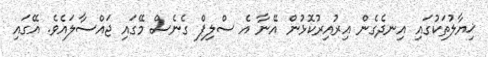
ޚިޔާލުތަކުގައި އިނދެގެން އިރުއިރުކޮޅުން އޭނާ އެ ސްލިޕް ގެނެސް މޭގައި ޖައްސާލައެވެ. އޭގައި